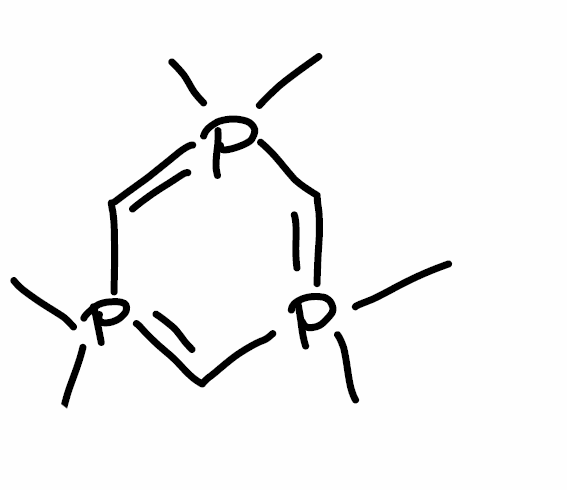
Simplified molecular-input line-entry system (SMILES) notation of the given molecule:
CP1(=CP(=CP(=C1)(C)C)(C)C)C